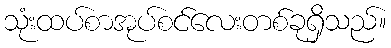
သုံးထပ်စာအုပ်စင်လေးတစ်ခုရှိသည်။